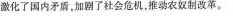
激化了国内矛盾，加剧了社会危机，推动农奴制改革。